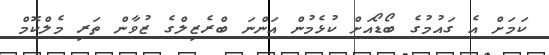
ކަމަށް އެ ގައުމުގެ ބޯޑޯއަށް ކުޅެމުން އަންނަ ބްރެޒިލްގެ ޒުވާން ތަރި މެލްކޮމް